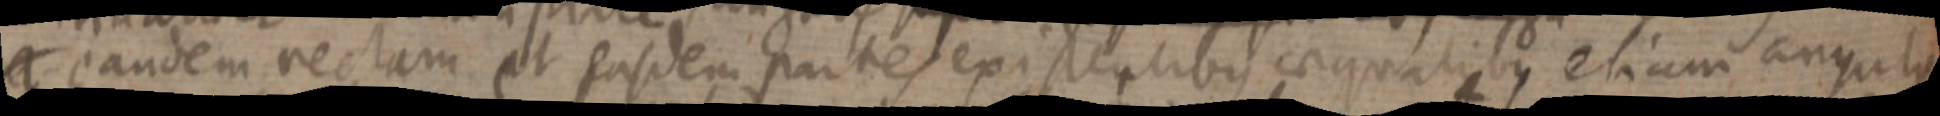
_ eandem rectam et easdem partes existentibus aequalibus etiam angulo